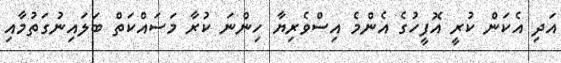
އަދި އެކަން ކުރީ އޮފީހުގެ އެންމެ އިސްވެރިޔާ ހިންނަ ކުރާ މަސައްކަތް ބަލައިނުގަތުމާއި